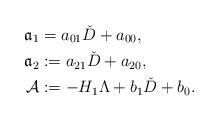
LaTeX: \begin{align*}\mathfrak{a}_1&=a_{01}\check{D}+a_{00}, \\\mathfrak{a}_2&:=a_{21}\check{D}+a_{20}, \\\mathcal{A}&:=-H_1\Lambda + b_1\check{D}+b_0.\end{align*}